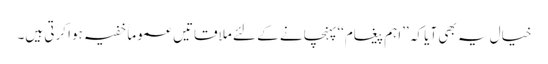
خیال یہ بھی آیا کہ ’’اہم پیغام‘‘پہنچانے کے لئے ملاقاتیں عموماََ خفیہ ہوا کرتی ہیں۔